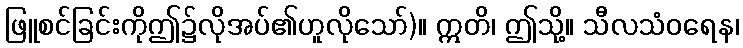
ဖြူစင်ခြင်းကိုဤ၌လိုအပ်၏ဟူလိုသော်)။ ဣတိ၊ ဤသို့။ သီလသံဝရေန၊